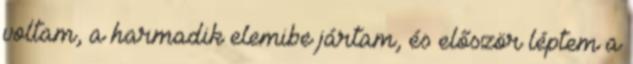
voltam, a harmadik elemibe jártam, és először léptem a